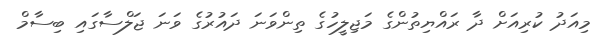
މިއަދު ކުރިއަށް ދާ ރައްޔިތުންގެ މަޖިލީހުގެ ތިންވަނަ ދައުރުގެ ވަނަ ޖަލްސާގައި ބިސާމް